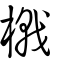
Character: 橶